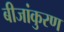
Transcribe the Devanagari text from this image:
बीजांकुरण